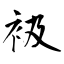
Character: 衱